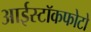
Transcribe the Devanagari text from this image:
आईस्टॉकफोटो